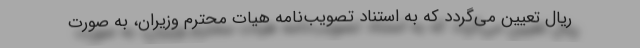
ریال تعیین می‌گردد که به استناد تصویب‌نامه هیات محترم وزیران، به صورت